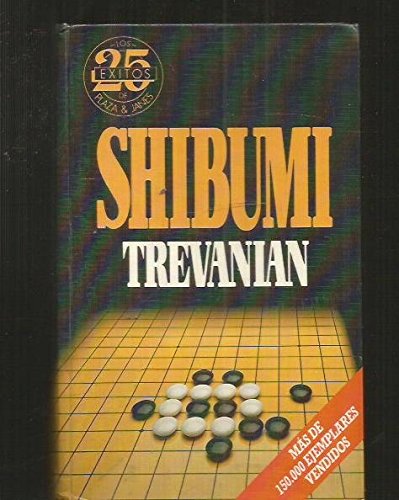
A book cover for Shibumi; Trevanian; Literature & Fiction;